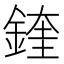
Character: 鍷